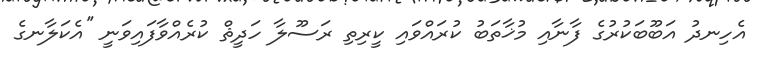
އެހިނދު އަބޫބަކުރުގެ ފާނާއި މުޚާތަބު ކުރައްވައި ކީރިތި ރަސޫލާ ހަދީޘް ކުރެއްވާފައިވަނީ ''އެކަލާނގެ